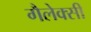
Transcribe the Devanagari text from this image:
गैलेक्‍सी